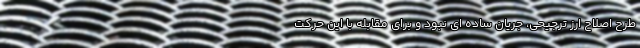
طرح اصلاح ارز ترجیحی، جریان ساده ای نبود و برای مقابله با این حرکت